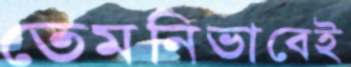
তেমনিভাবেই